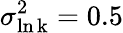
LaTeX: \sigma_{\mathrm{\ln k}}^{2}=0.5